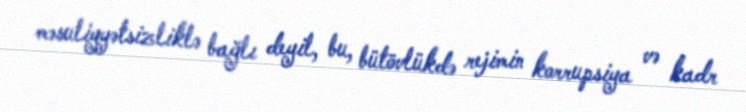
məsuliyyətsizliklə bağlı deyil, bu, bütövlükdə rejimin korrupsiya və kadr